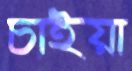
চাইয়া